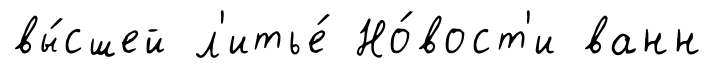
вы́сшей л'итье́ Но́вост'и ванн